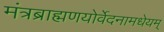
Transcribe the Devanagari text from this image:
मंत्रब्राह्मणयोर्वेदनामधेयम्